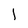
Character: 1